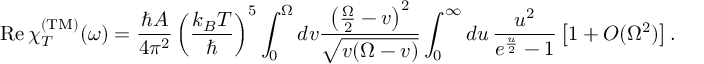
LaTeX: \mathrm { R e } \, \chi _ { T } ^ { \mathrm { ( T M ) } } ( \omega ) = \frac { \hbar A } { 4 \pi ^ { 2 } } \left( \frac { k _ { B } T } { \hbar } \right) ^ { 5 } \int _ { 0 } ^ { \Omega } d v \frac { \left( \frac { \Omega } { 2 } - v \right) ^ { 2 } } { \sqrt { v ( \Omega - v ) } } \int _ { 0 } ^ { \infty } d u \, \frac { u ^ { 2 } } { e ^ { \frac { u } { 2 } } - 1 } \left[ 1 + { \cal O } ( \Omega ^ { 2 } ) \right] .